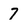
Character: 7